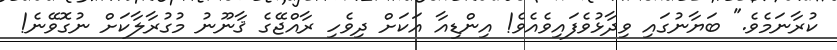
ކުރާނަމެވެ." ބަޔާނުގައި ވިދާޅުވެފައިވެއެވެ! އިންޑިއާ އަކަށް ދިވެހި ރާއްޖޭގެ ޤާނޫނު މުގުރާލާކަށް ނުގޮވޭނެ!